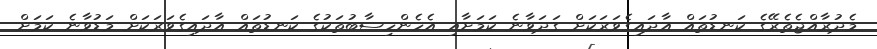
މެދުރާއްޖެތެރޭގެ ކަނޑުތައް އާދައިގެވަރަކަށް ގަދަވާނެ ކަމަށާއި އެހެންހިސާބުތަކުގެ ކަނޑުތައް އާދައިގެވަރަކަށް މަޑުވާނެ ކަމަށް